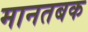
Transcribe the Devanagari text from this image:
मानतबक